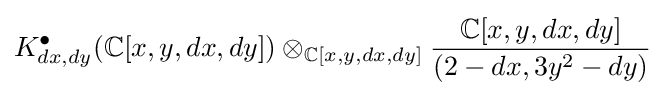
K_{dx,dy}^{\bullet }(\mathbb {C} [x,y,dx,dy])\otimes _{\mathbb {C} [x,y,dx,dy]}{\frac {\mathbb {C} [x,y,dx,dy]}{(2-dx,3y^{2}-dy)}}